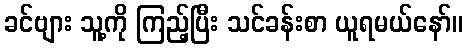
ခင်ဗျား သူ့ကို ကြည့်ပြီး သင်ခန်းစာ ယူရမယ်နော်။